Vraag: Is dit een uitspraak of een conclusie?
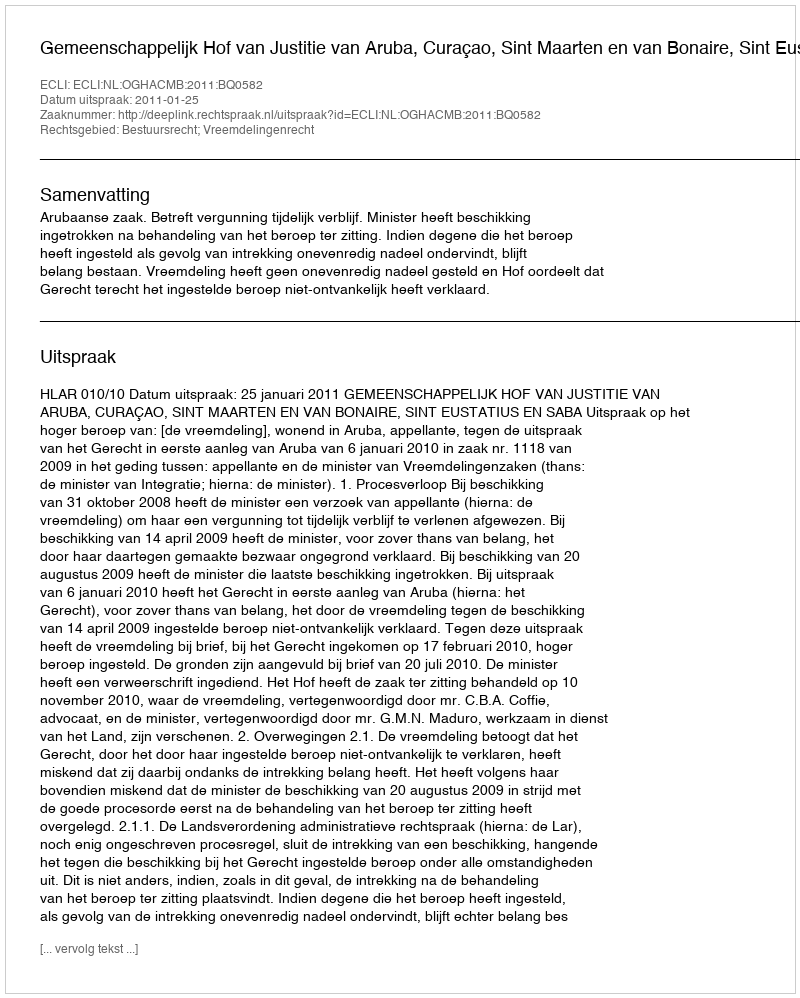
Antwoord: Uitspraak